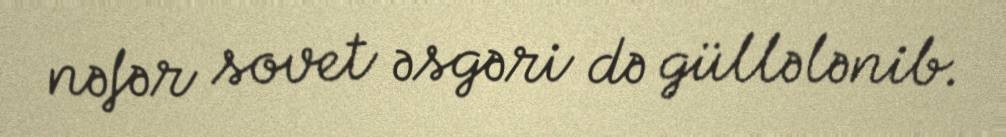
nəfər sovet əsgəri də güllələnib.